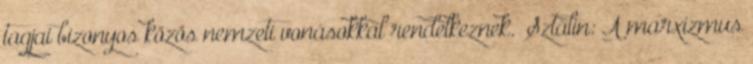
tagjai bizonyos közös nemzeti vonásokkal rendelkeznek.” Sztálin: A marxizmus